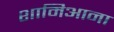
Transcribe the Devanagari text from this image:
शामिआना